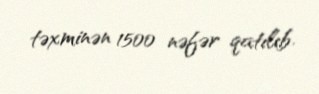
təxminən 1500 nəfər qatılıb.